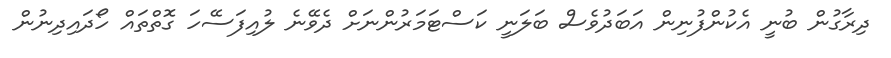
ދިރާގުން ބުނީ އެކުންފުނިން އަބަދުވެސް ބަލަނީ ކަސްޓަމަރުންނަށް ދެވޭނެ ލުއިފަސޭހަ ގޮތްތައް ހޯދައިދިނުން